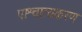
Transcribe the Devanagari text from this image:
पाश्चात्यकरण